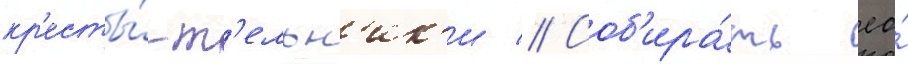
кр'есты́-т'ельн'ик'и // Соб'ира́ть ео́